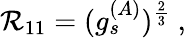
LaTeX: \mathcal{R}_{11}=(g_{s}^{(A)})^{\frac{{2}}{{3}}}\ ,